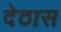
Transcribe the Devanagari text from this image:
देठास